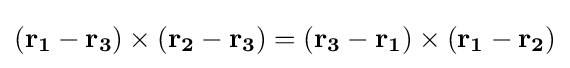
(\mathbf {r_{1}} -\mathbf {r_{3}} )\times (\mathbf {r_{2}} -\mathbf {r_{3}} )=(\mathbf {r_{3}} -\mathbf {r_{1}} )\times (\mathbf {r_{1}} -\mathbf {r_{2}} )